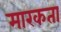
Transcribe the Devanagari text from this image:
मारकता